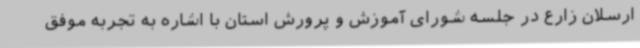
ارسلان زارع در جلسه شورای آموزش و پرورش استان با اشاره به تجربه موفق